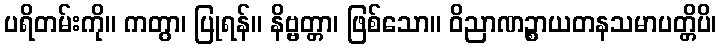
ပရိတမ်းကို။ ကတွာ၊ ပြုရန်။ နိဗ္ဗတ္တာ၊ ဖြစ်သော။ ဝိညာဏဉ္စာယတနသမာပတ္တိပိ၊